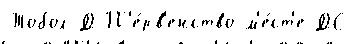
Тобол-Д П'е́рв'енство м'е́ст'е ДС